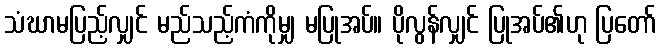
သံဃာမပြည့်လျှင် မည်သည့်ကံကိုမျှ မပြုအပ်။ ပိုလွန်လျှင် ပြုအပ်၏ဟု ပြတော်